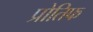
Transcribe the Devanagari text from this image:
प्रोतिफ